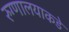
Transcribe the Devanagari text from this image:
रुग्णालयाकडे